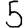
Digit: 5